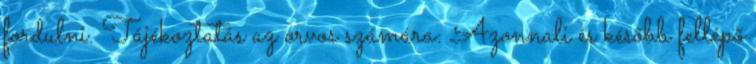
fordulni. Tájékoztatás az orvos számára: Azonnali és később fellépő